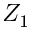
Z _ { 1 }